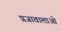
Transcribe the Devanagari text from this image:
प्रजावालाओं